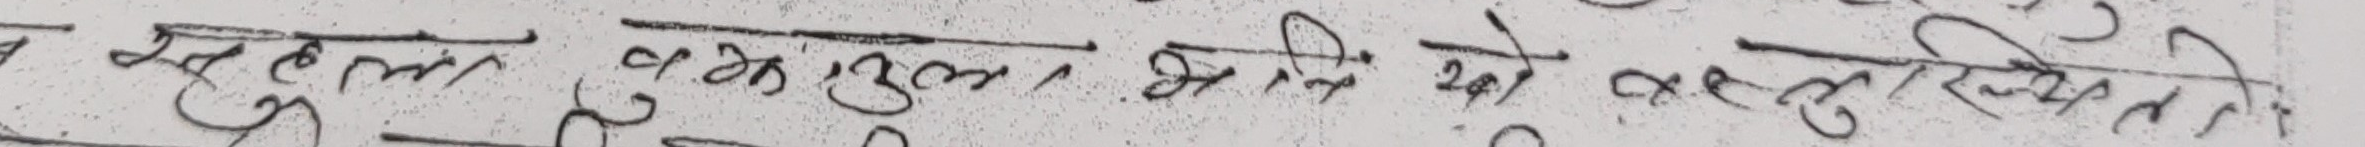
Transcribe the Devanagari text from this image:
खहल लाकजुल से भिन्ने को अकरितिति